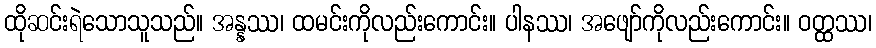
ထိုဆင်းရဲသောသူသည်။ အန္နဿ၊ ထမင်းကိုလည်းကောင်း။ ပါနဿ၊ အဖျော်ကိုလည်းကောင်း။ ဝတ္ထဿ၊